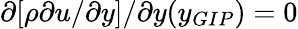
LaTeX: \partial[\rho\partial u/\partial y]/\partial y(y_{GIP})=0